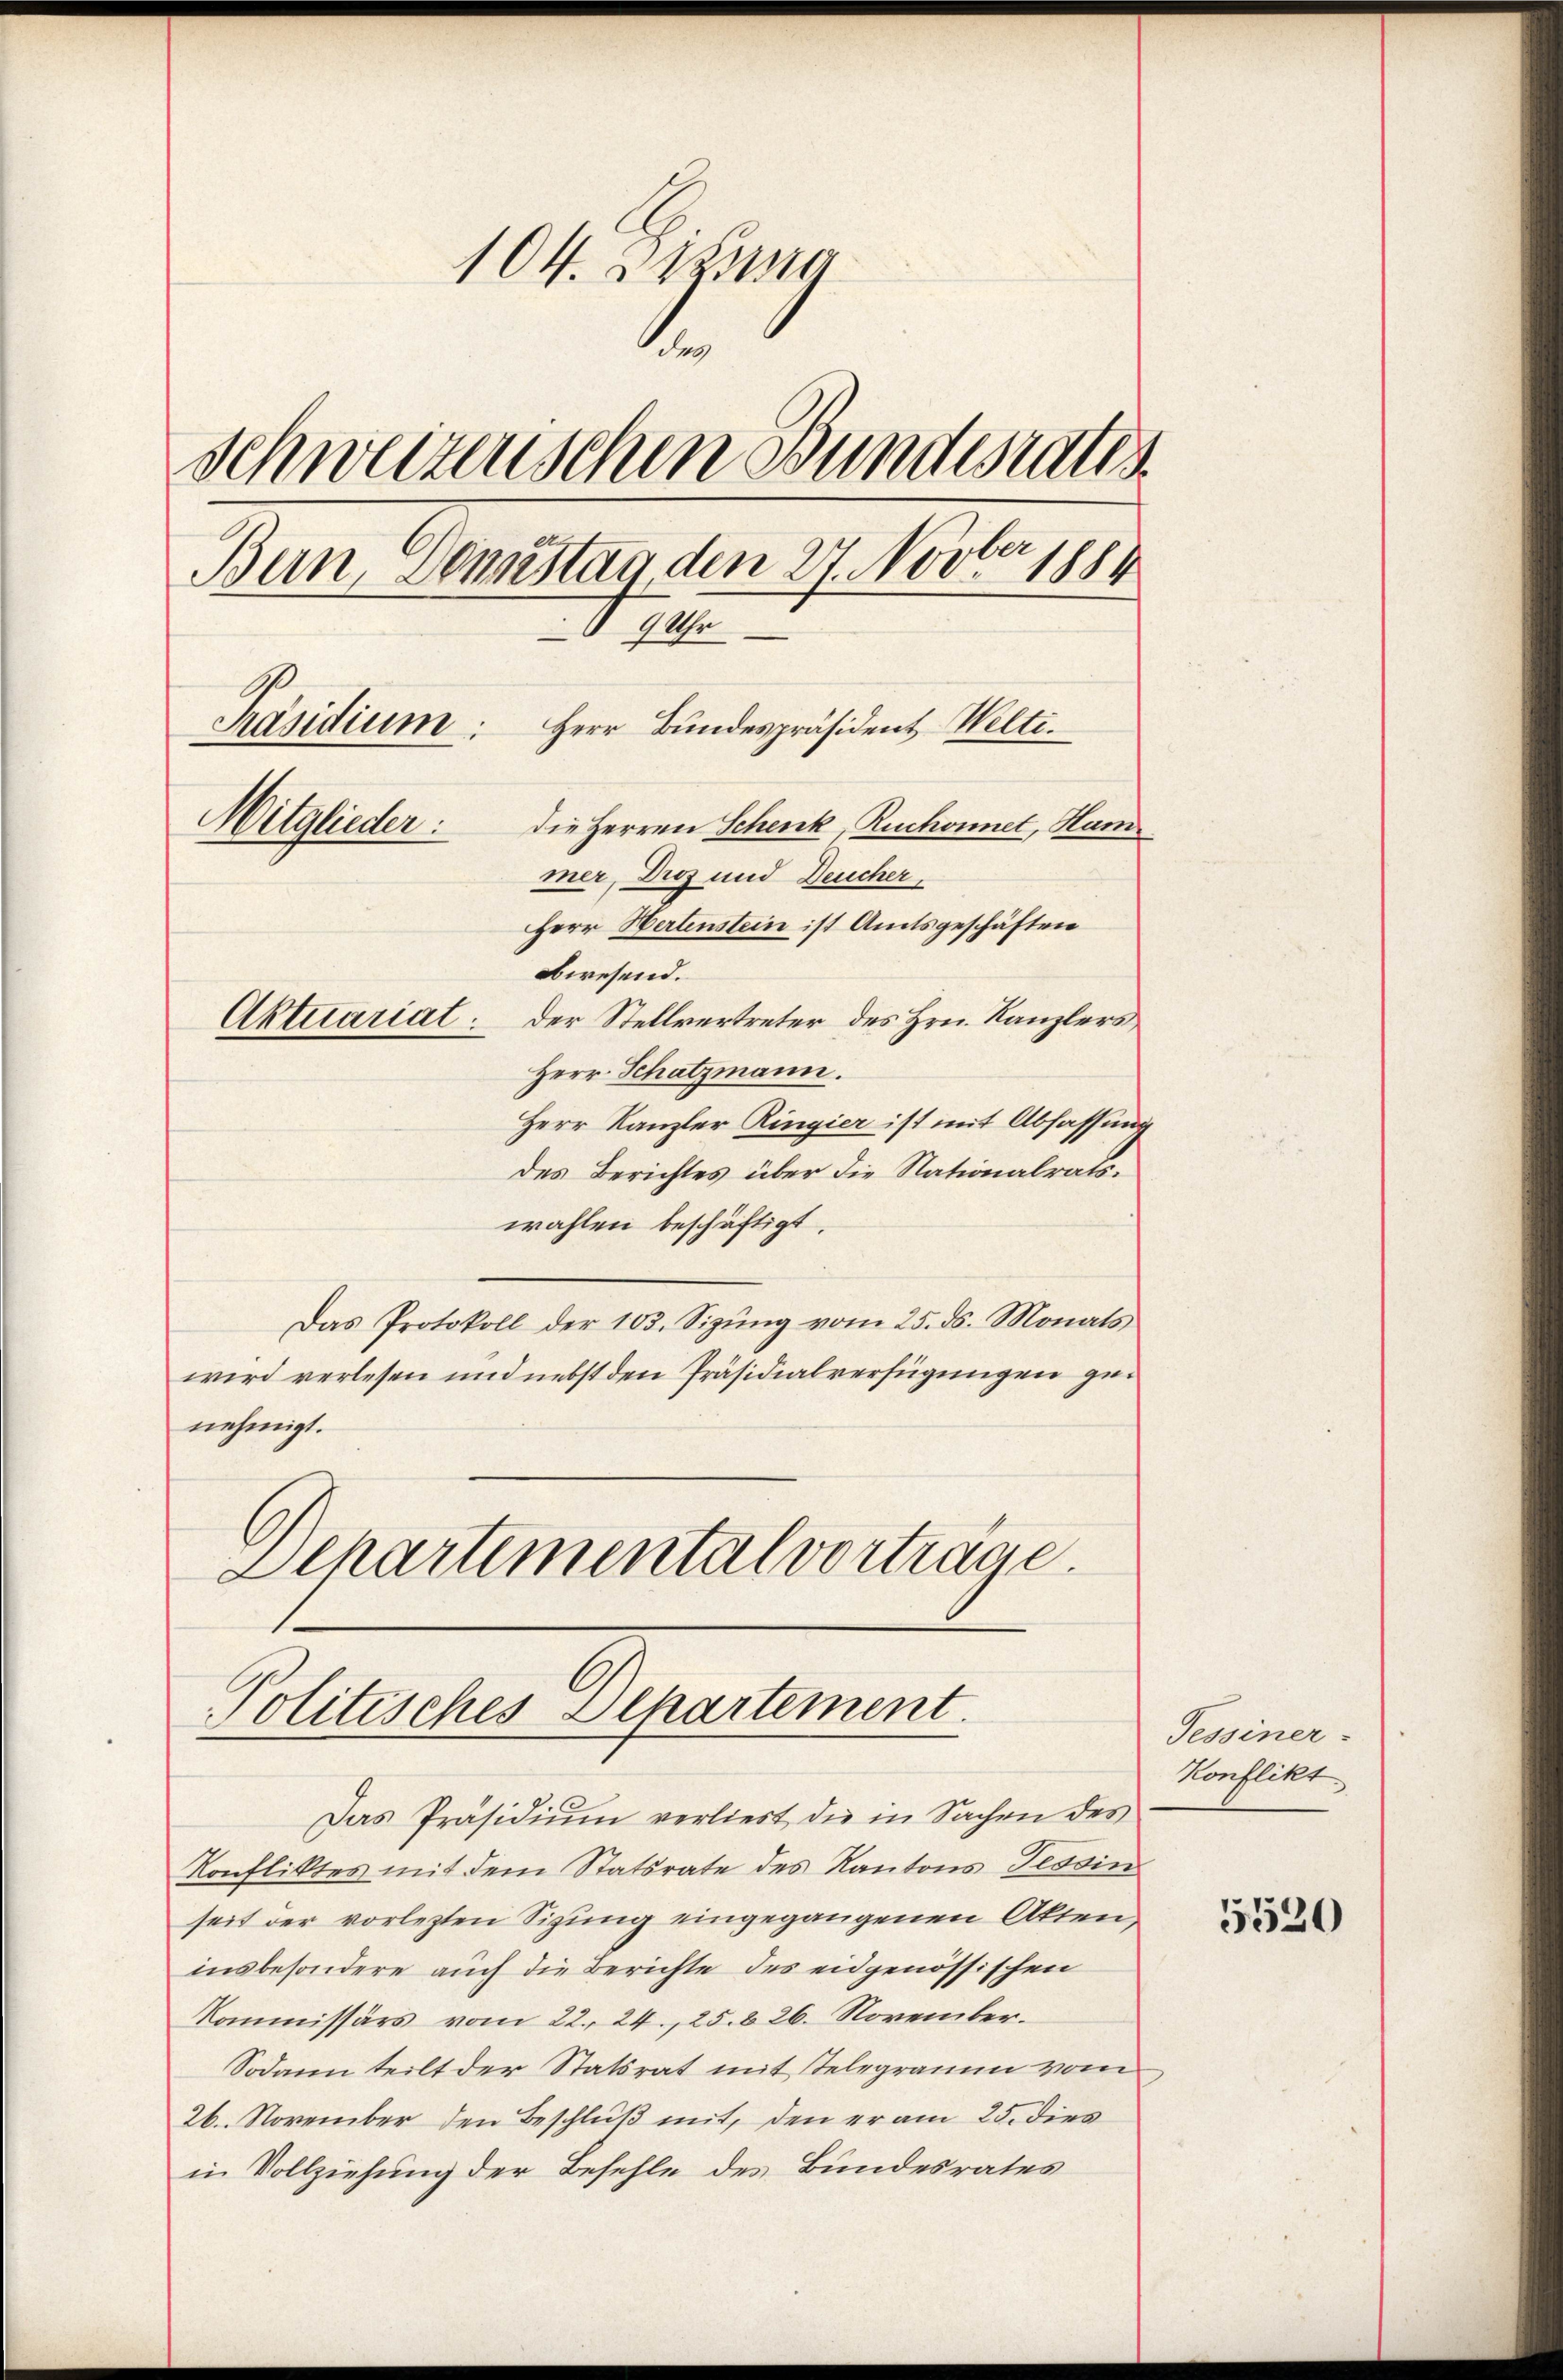
104. Jung
.
Schweizenschen Bundesrates.
Bern, Domistag den 27. Novber 1884
9 Uhr
Präsidium:
Herr Bundespräsident Welti.
Mitglieder:
die Herren Schenk, Ruchonnet, Ham
mer, Diez und Deucher.

Herr Kanzler Ringier ist mit Abfassung
des Berichtes über die Nationalrats.
wahlen beschäftigt.
Das Protokoll der 103. Sizŭng vom 25. ds. Monats
wird verlesen und nebst den Präsidialverfügungen genehmigt.
Dehartemental vortrage.

Herr Hertenstein ist Amtsgeschäften
abwesend.
Aktuariat. Der Stellvertreter des Hrn. Kanzlers
Herr Schatzmann.

Politisches Departement.

Das Präsidiŭm verliest die in Sachen des
Konfliktes mit dem Statsrate des Kantons Tessin
seit der vorlezten Sizung eingegangenen Akten,
insbesondere auch die Berichte des eidgenössischen
Kommissärs vom 22. 24. 25. 826. November.
Sodann teilt der Statsrat mit Telegramm vom
26. November den Beschluß mit, den er am 25. dies
in Vollziehung der Befehle des Bundesrates

Tessiner-
Konflikt

5520